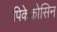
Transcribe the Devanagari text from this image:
पिकेक्रोसिन